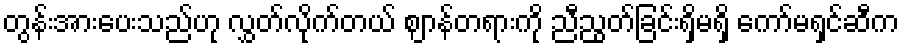
တွန်းအားပေးသည်ဟု လွှတ်လိုက်တယ် ဈာန်တရားကို ညီညွတ်ခြင်းရှိမရှိ ကော်မရှင်ဆီက